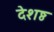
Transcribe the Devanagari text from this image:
देशष्ठ